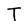
Character: T